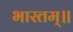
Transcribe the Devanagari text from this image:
भारतम्॥